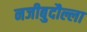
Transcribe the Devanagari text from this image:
नजीबुदौल्ला